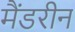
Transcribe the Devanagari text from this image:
मैंडरीन